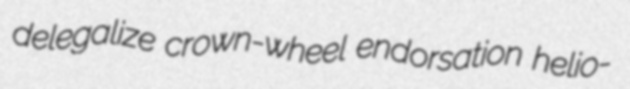
delegalize crown-wheel endorsation helio-